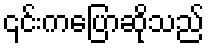
၎င်းကပြောဆိုသည်